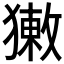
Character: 𤡳